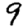
Digit: 9